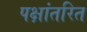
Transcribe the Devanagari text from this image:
पक्षांतरित